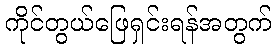
ကိုင်တွယ်ဖြေရှင်းရန်အတွက်